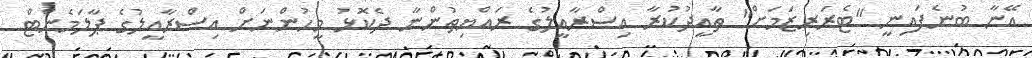
އޭނާ ބުނެފައިނީ "ޓެރަރިޒަމަށް" ތާއީދުކުރާ އިސްރާއީލުގެ ރައްޔިތުންނާ ދެކޮޅު މީހުންނަށް އިސްރާއީލުގެ ޕާލަމެންޓް